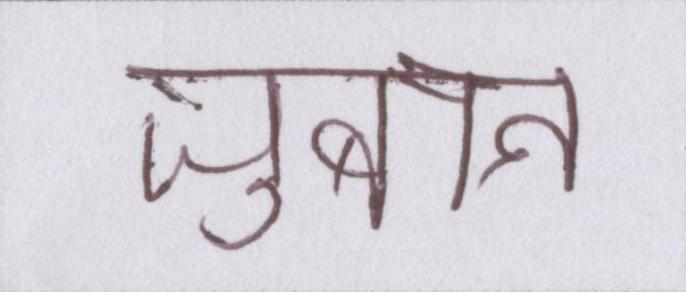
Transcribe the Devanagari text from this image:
ज़ुबान